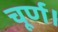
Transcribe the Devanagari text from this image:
चूर्ण।